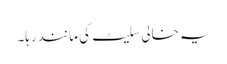
یہ خالی سلیٹ کی مانند رہا۔